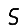
Digit: 5